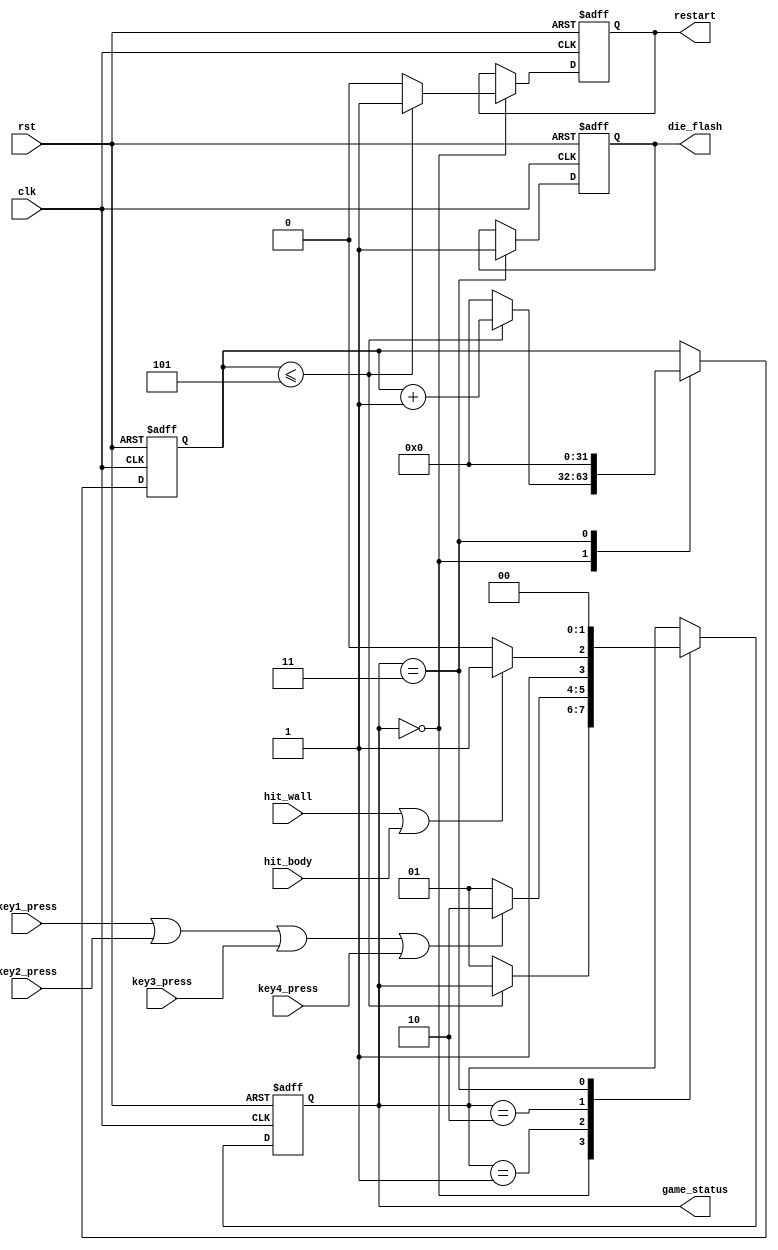
module Game_Ctrl_Unit
(
	input clk,
	input rst,
	input key1_press,
	input key2_press,
	input key3_press,
	input key4_press,
	
	output reg [1:0]game_status,
	input hit_wall,
	input hit_body,
	output reg die_flash,
	output reg restart		
);
	
	localparam RESTART = 2'b00;
	localparam START = 2'b01;
	localparam PLAY = 2'b10;
	localparam DIE = 2'b11;
	
	reg[31:0]clk_cnt;
	
	always@(posedge clk or negedge rst)
	begin
		if(!rst) begin
			game_status <= START;
			clk_cnt <= 0;
			die_flash <= 1;
			restart <= 0;
		end
		else begin
			case(game_status)			
				RESTART:begin           //
					if(clk_cnt <= 5) begin
						clk_cnt <= clk_cnt + 1;
						restart <= 1;						
					end
					else begin
						game_status <= START;
						clk_cnt <= 0;
						restart <= 0;
					end
				end
				START:begin
					if (key1_press | key2_press | key3_press | key4_press)
                        game_status <= PLAY;
					else 
					    game_status <= START;
				end
				PLAY:begin
					if(hit_wall | hit_body)
					   game_status <= DIE;
					else
					   game_status <= PLAY;
				end					
				DIE:begin
							die_flash <= 1;
							clk_cnt <= 0;
							game_status <= RESTART;
					end
			endcase
		end
	end
endmodule